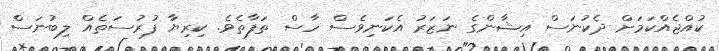
ކުއްޖެއްކަމަށް ދެކުނަސް އިޝާންގެ ނަޒަރު އެކަނިވެސް ހާސް ތަފާތެވެ. ކިރިޔާ ފުރުސަތެއް ލިބުނަސް